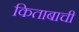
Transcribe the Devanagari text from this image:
किताबाची